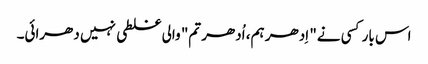
اس بار کسی نے" اِدھر ہم، اُدھر تم" والی غلطی نہیں دھرائی۔